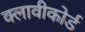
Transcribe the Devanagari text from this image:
क्लावीकोर्ड